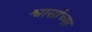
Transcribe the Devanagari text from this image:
श्वासांच्या